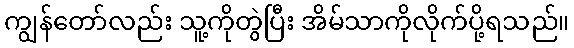
ကျွန်တော်လည်း သူ့ကိုတွဲပြီး အိမ်သာကိုလိုက်ပို့ရသည်။